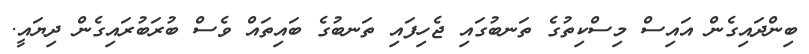
ބިންދައިގެން އައިސް މިސްކިތުގެ ތަނބުގައި ޖެހިފައި ތަނބުގެ ބައިތައް ވެސް ބުރަބުރައިގެން ދިޔައީ.